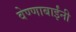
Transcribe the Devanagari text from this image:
वेण्णाबाईंनी